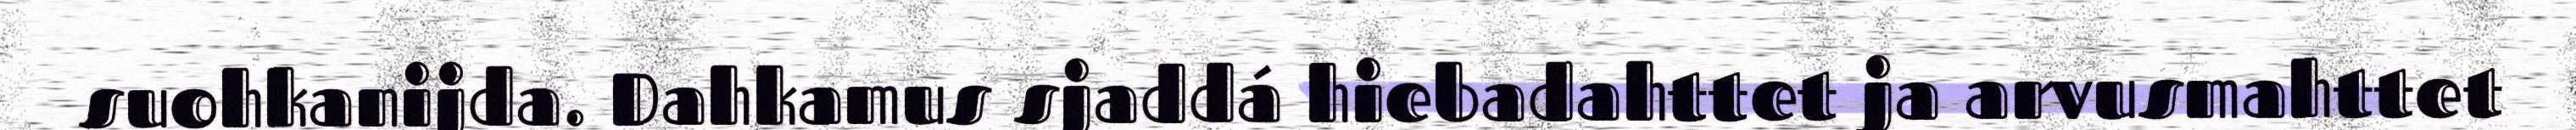
suohkanijda. Dahkamus sjaddá hiebadahttet ja arvusmahttet